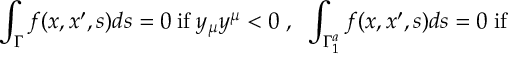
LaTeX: \int _ { \Gamma } f ( x , x ^ { \prime } , s ) d s = 0 \; \mathrm { i f } \; y _ { \mu } y ^ { \mu } < 0 \; , \; \; \int _ { \Gamma _ { 1 } ^ { a } } f ( x , x ^ { \prime } , s ) d s = 0 \; \mathrm { i f }